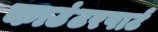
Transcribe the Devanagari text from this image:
काउंटरपार्ट